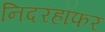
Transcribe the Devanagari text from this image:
निदरहॉफर